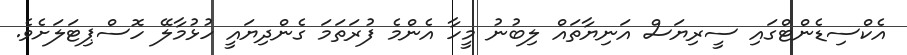
އެކްސިޑެންޓްގައި ސީރިޔަސް އަނިޔާތައް ލިބުނު މީހާ އެންމެ ފުރަތަމަ ގެންދިޔައީ ހުޅުމާލޭ ހޮސްޕިޓަލަށެވެ.